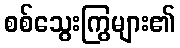
စစ်သွေးကြွများ၏